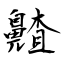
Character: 齄